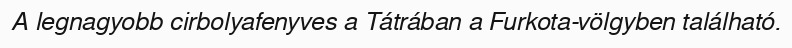
A legnagyobb cirbolyafenyves a Tátrában a Furkota-völgyben található.